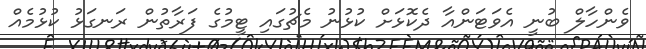
ވެންހާލް ބުނީ އެވަޓަންއާ ދެކޮޅަށް ކުޅުނު މެޗުގައި ޓީމުގެ ފަރާތުން ރަނގަޅު ކުޅުމެއް